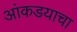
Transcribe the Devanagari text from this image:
आंकडयाचा